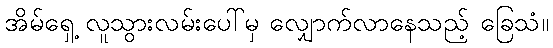
အိမ်ရှေ့ လူသွားလမ်းပေါ်မှ လျှောက်လာနေသည့် ခြေသံ။